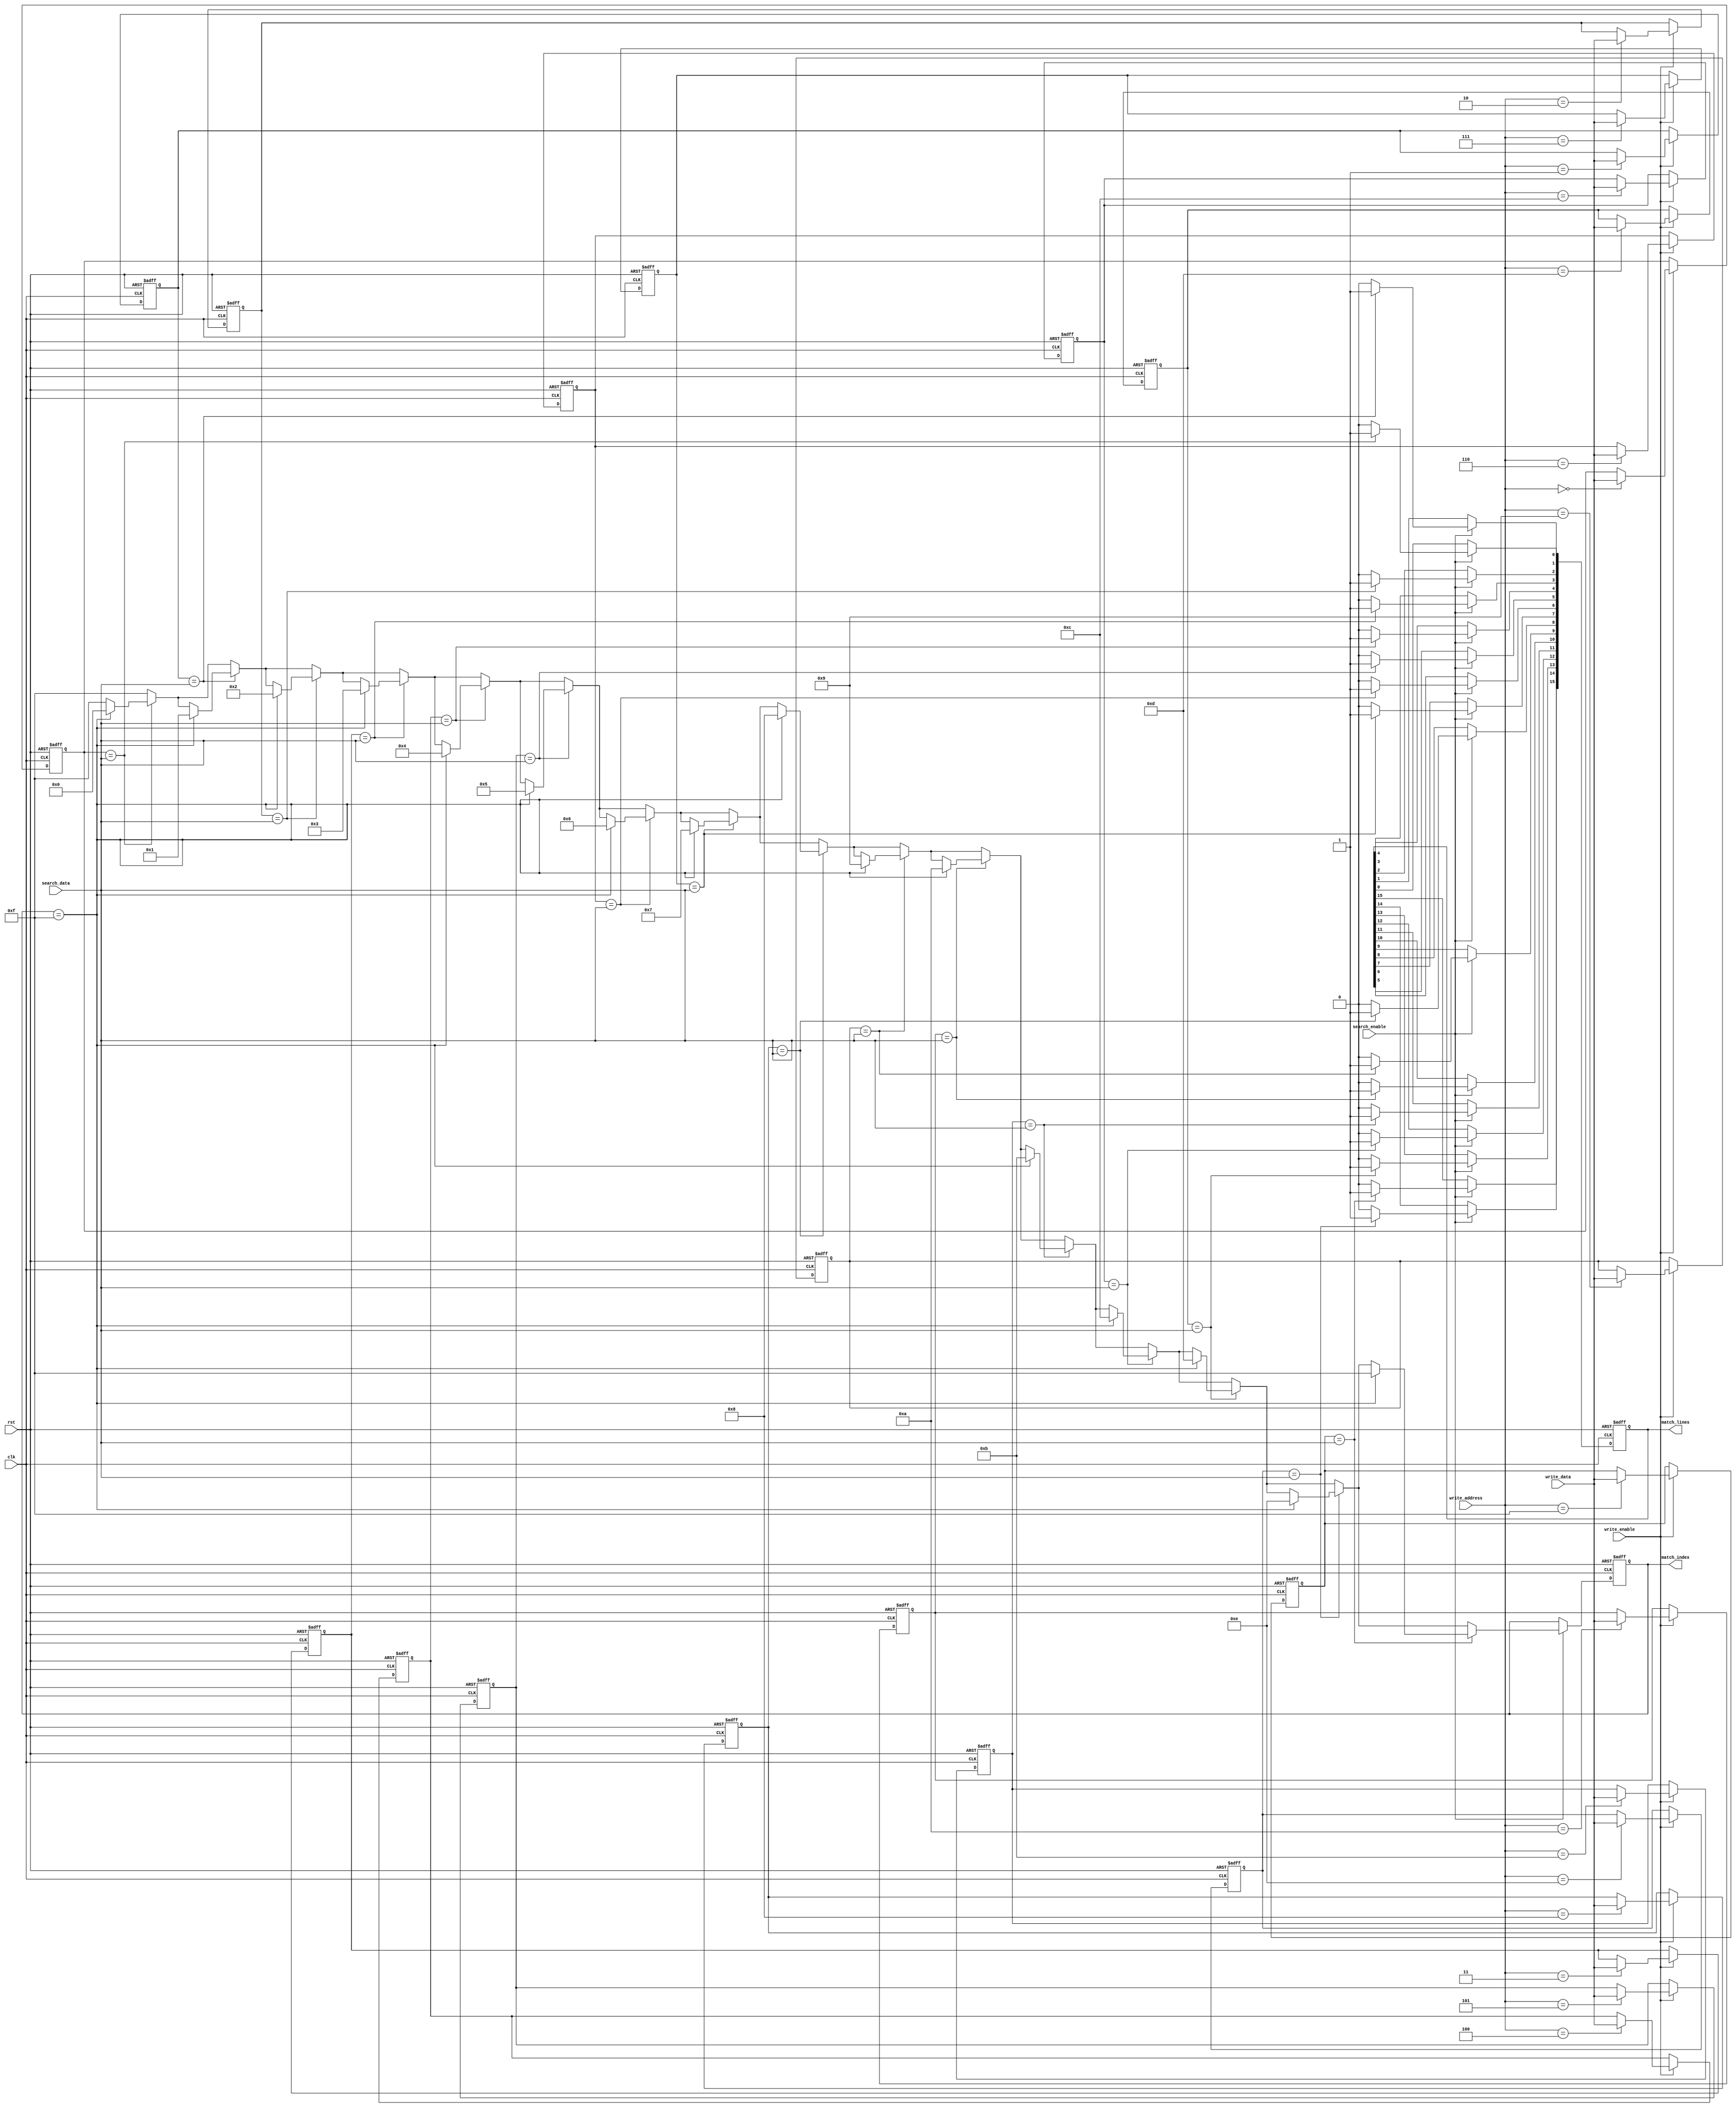
module CAM #(
    parameter DATA_WIDTH = 8,   // Width of the data
    parameter DEPTH = 16         // Number of entries in the CAM
)(
    input wire clk,
    input wire rst,
    input wire [DATA_WIDTH-1:0] search_data,
    input wire [DATA_WIDTH-1:0] write_data,
    input wire [3:0] write_address, // Assuming depth <= 16 for addressing
    input wire write_enable,
    input wire search_enable,
    output reg [DEPTH-1:0] match_lines,
    output reg [3:0] match_index
);

    reg [DATA_WIDTH-1:0] mem [0:DEPTH-1]; // Memory array

    integer i;

    // Initialize memory
    always @(posedge clk or posedge rst) begin
        if (rst) begin
            for (i = 0; i < DEPTH; i = i + 1) begin
                mem[i] <= {DATA_WIDTH{1'b0}}; // Reset to 0
            end
            match_lines <= 0;
            match_index <= 4'b1111; // No match
        end else begin
            if (write_enable) begin
                mem[write_address] <= write_data; // Write data to specified address
            end
            
            if (search_enable) begin
                match_lines <= 0; // Clear match lines
                match_index <= 4'b1111; // No match initially
                for (i = 0; i < DEPTH; i = i + 1) begin
                    if (mem[i] == search_data) begin
                        match_lines[i] <= 1'b1; // Set match line for the matched row
                        if (match_index == 4'b1111) begin
                            match_index <= i; // Set match index to first match
                        end
                    end
                end
            end
        end
    end

endmodule